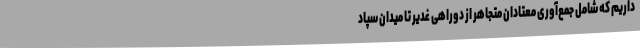
داریم که شامل جمع‌آوری معتادان متجاهر از دوراهی غدیر تا میدان سپاد